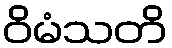
ဝိမံသတိ